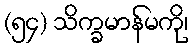
(၅၄) သိက္ခမာန်မကို၊